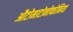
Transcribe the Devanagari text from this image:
औटोमाटोनोफोबिया